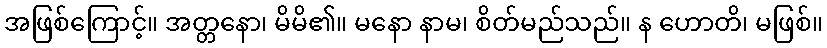
အဖြစ်ကြောင့်။ အတ္တနော၊ မိမိ၏။ မနော နာမ၊ စိတ်မည်သည်။ န ဟောတိ၊ မဖြစ်။